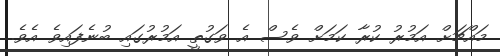
މައްޗަށް އަމުރު ކުރާ ކަމަށް ވެސް އެ ވަގުތީ އަމުރުގައި ބުނެފައިވެ އެވެ.